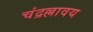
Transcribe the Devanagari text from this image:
चंद्रल्लावय